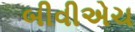
બીવીએચ